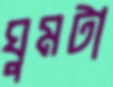
ঘুমটা